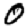
Digit: 0